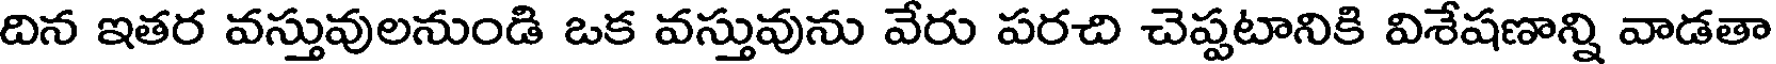
దిన ఇతర వస్తువులనుండి ఒక వస్తువును వేరు పరచి చెప్పటానికి విశేషణాన్ని వాడతా